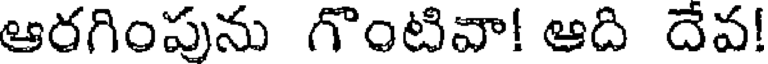
ఆరగింపును గొంటివా! ఆది దేవ!